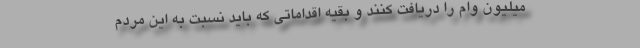
میلیون وام را دریافت کنند و بقیه اقداماتی که باید نسبت به این مردم